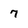
Character: 7